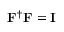
{ \bf F } ^ { \dagger } { \bf F } = \mathbf { I }